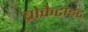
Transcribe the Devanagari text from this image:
ब्रोकैटाइट